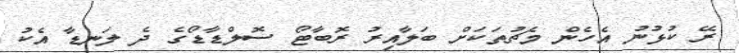
ރޭ ކުޅުނު އެހެން މެޗުތަކަށް ބަލާއިރު ރޮބާޓޯ ސޮލްޑާޑޯގެ ދެ ލަނޑާ އެކު